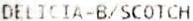
DELICIA-B/SCOTCH